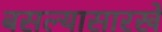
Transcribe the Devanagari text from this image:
बसल्यासारखे